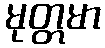
မုတ္တမာ